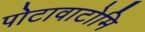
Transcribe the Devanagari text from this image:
पोटावाटोमि